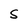
Character: S